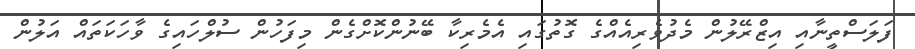
ފަލަސްތީނާއި އިޒްރޭލުން މެދުވެރިއެއްގެ ގޮތުގައި އެމެރިކާ ބޭނުންކޮށްގެން މިފަހުން ސުލްހައިގެ ވާހަކަތައް އަލުން